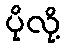
ပိုလို့